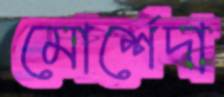
মোর্শেদা